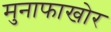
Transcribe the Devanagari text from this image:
मुनाफाखोर